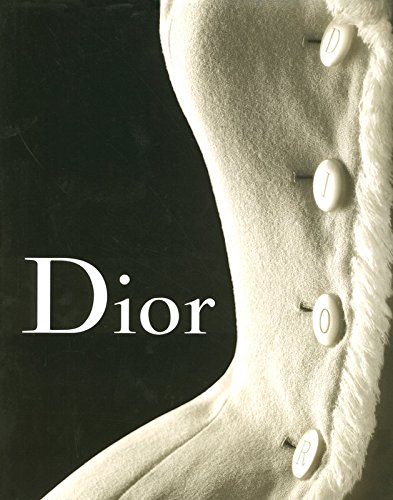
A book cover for Dior; Farid Chenoune; Arts & Photography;